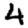
Digit: 4